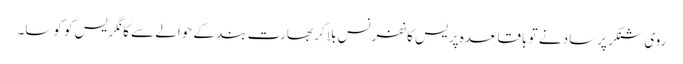
روی شنکر پرساد نے تو باقاعدہ پریس کانفرنس بلا کر بھارت بند کے حوالے سے کانگریس کو کوسا۔